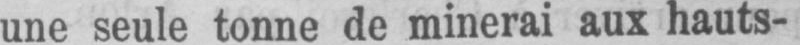
une seule tonne de minerai aux hauts-